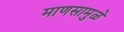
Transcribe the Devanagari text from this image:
माणसामुळे